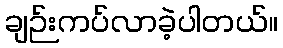
ချဉ်းကပ်လာခဲ့ပါတယ်။